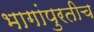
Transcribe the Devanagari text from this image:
भागांपुरतीच